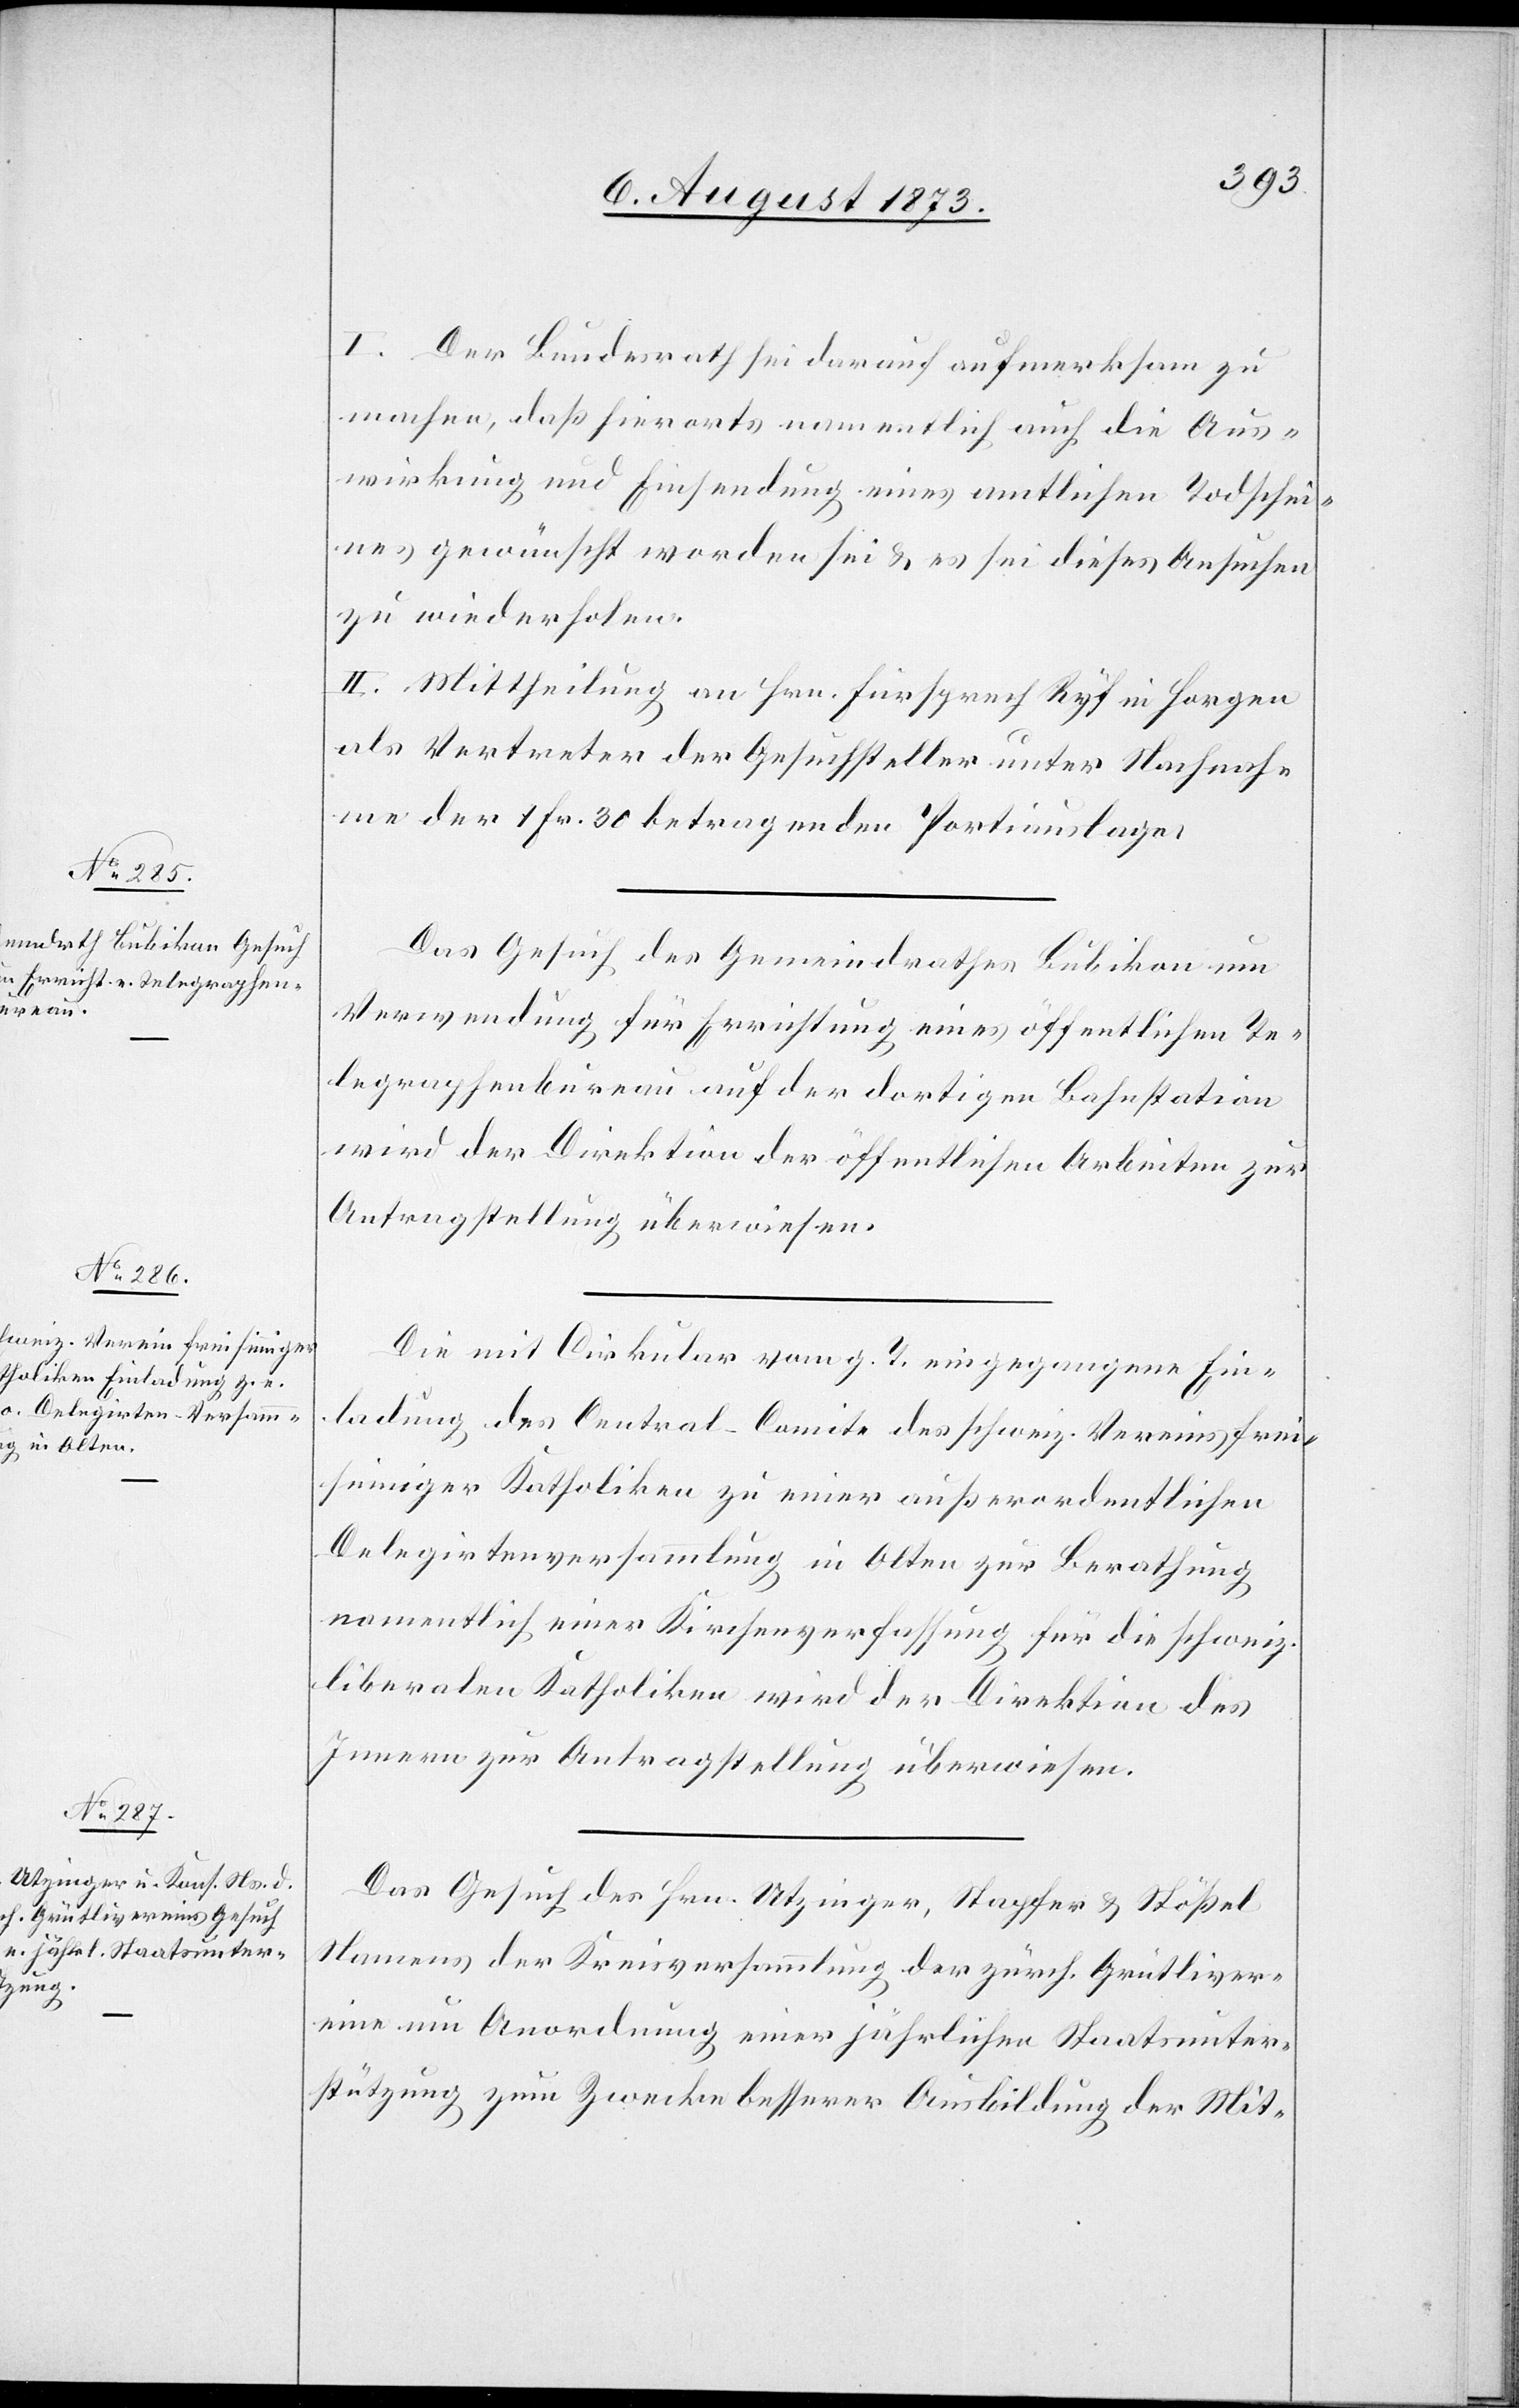
6. August 1873.]
I. Der Bundesrath sei darauf aufmerksam zu
machen, daß hierorts namentlich auch die Aus¬
wirkung und Einsendung eines amtlichen Todschei¬
nes gewünscht worden sei & es sei dieses Ansuchen
zu wiederholen.
II. Mittheilung an Hrn. Fürsprech Ryf in Horgen
als Vertreter der Gesuchsteller unter Nachnah¬
me der 1 Fr. 30 betragenden Portiauslage.
Das Gesuch des Gemeindrathes Bubikon um
Verwendung für Errichtung eines öffentlichen Te¬
legraphenbureau auf der dortigen Bahnstation
wird der Direktion der öffentlichen Arbeiten zur
Antragstellung überwiesen.
Die mit Cirkular vom g. T. eingegangene Ein¬
ladung des Central-Comite des schweiz. Vereins frei¬
sinniger Katholiken zu einer außerordentlichen
Delegirtenversammlung in Olten zur Berathung
namentlich einer Kirchenverfassung für die schweiz.
liberalen Katholiken wird der Direktion des
Innern zur Antragstellung überwiesen.
Das Gesuch des [sic!] Hrn. Utzinger, Stapfer & Stößel
Namens der Kreisversammlung der zürch. Grütliver¬
eine um Anordnung einer jährlichen Staatsunter¬
stützung zum Zwecke besserer Ausbildung der Mit-